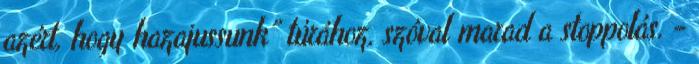
azért, hogy hazajussunk” túrához, szóval marad a stoppolás. -